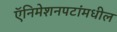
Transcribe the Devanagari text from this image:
ऍनिमेशनपटांमधील